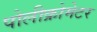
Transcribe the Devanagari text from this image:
पोलीक्रोमेटर